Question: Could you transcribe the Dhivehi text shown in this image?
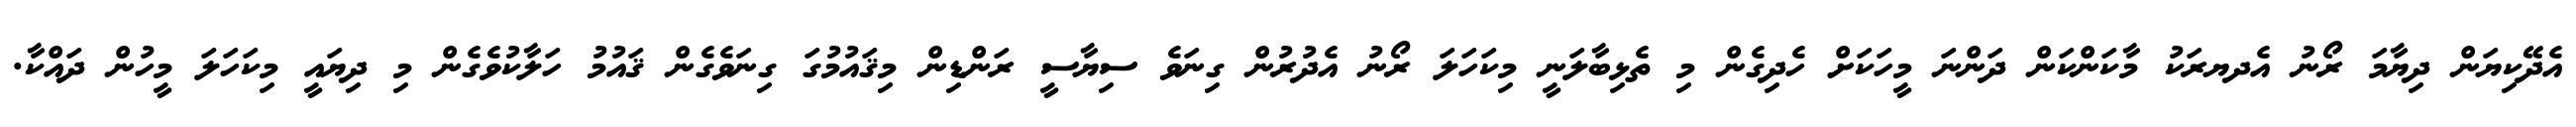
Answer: އެދޭކިޔަން ދިޔާމަ ރޯނު އެދޔރަކު މާކަންކަން ދަންނަ މީހަކަށް ހެދިގެން މި ތެޅިބާލަނީ މިކަހަލަ ރޯނު އެދުރުން ގިނަވެ ސިޔާސީ ރަންޑިން މިޤައުމުގަ ގިނަވެގެން ޤައުމު ހަލާކުވެގެން މި ދިޔައީ މިކަހަލަ މީހުން ދައްކާ.